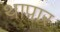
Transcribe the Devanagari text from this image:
थापार